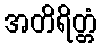
အတိရိတ္တံ